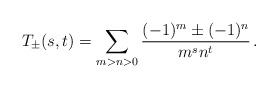
\begin{align*}T_{\pm}(s,t)=\sum_{m>n>0}\frac{(-1)^m\pm(-1)^n}{m^s n^t}\,.\end{align*}